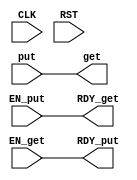
module PutInverter(CLK,
		  RST,

		  put,
		  EN_put,
		  RDY_put,

		  get,
		  EN_get,
		  RDY_get
		  );
   parameter DATA_WIDTH = 1;

   input CLK;
   input RST;
   output [DATA_WIDTH-1 : 0] get;
   input  [DATA_WIDTH-1 : 0] put;
   input 		   EN_get;
   input 		   EN_put;
   output 		   RDY_get;
   output 		   RDY_put;

   // will this work?
   assign get = put;
   assign RDY_get = EN_put;
   assign RDY_put = EN_get;
endmodule